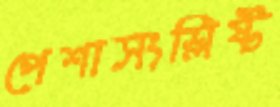
পেশাসংশ্লিষ্ট